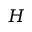
H